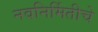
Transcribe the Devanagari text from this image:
नवनिर्मितीचे